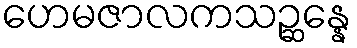
ဟေမဇာလကသဉ္ဆန္နေ